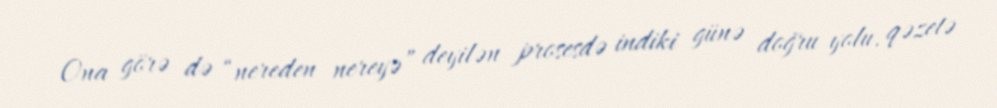
Ona görə də “nereden nereyə” deyilən prosesdə indiki günə doğru yolu, qəzetə